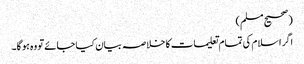
(صحیح مسلم)
اگر اسلام کی تمام تعلیمات کا خلاصہ بیان کیا جائے تو وہ ہو گا۔